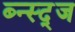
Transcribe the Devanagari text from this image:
ब्न्स्द्ज